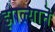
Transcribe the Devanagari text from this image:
झाल्यानॆ